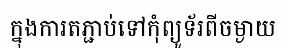
ក្នុងការតភ្ជាប់ទៅកុំព្យូទ័រពីចម្ងាយ